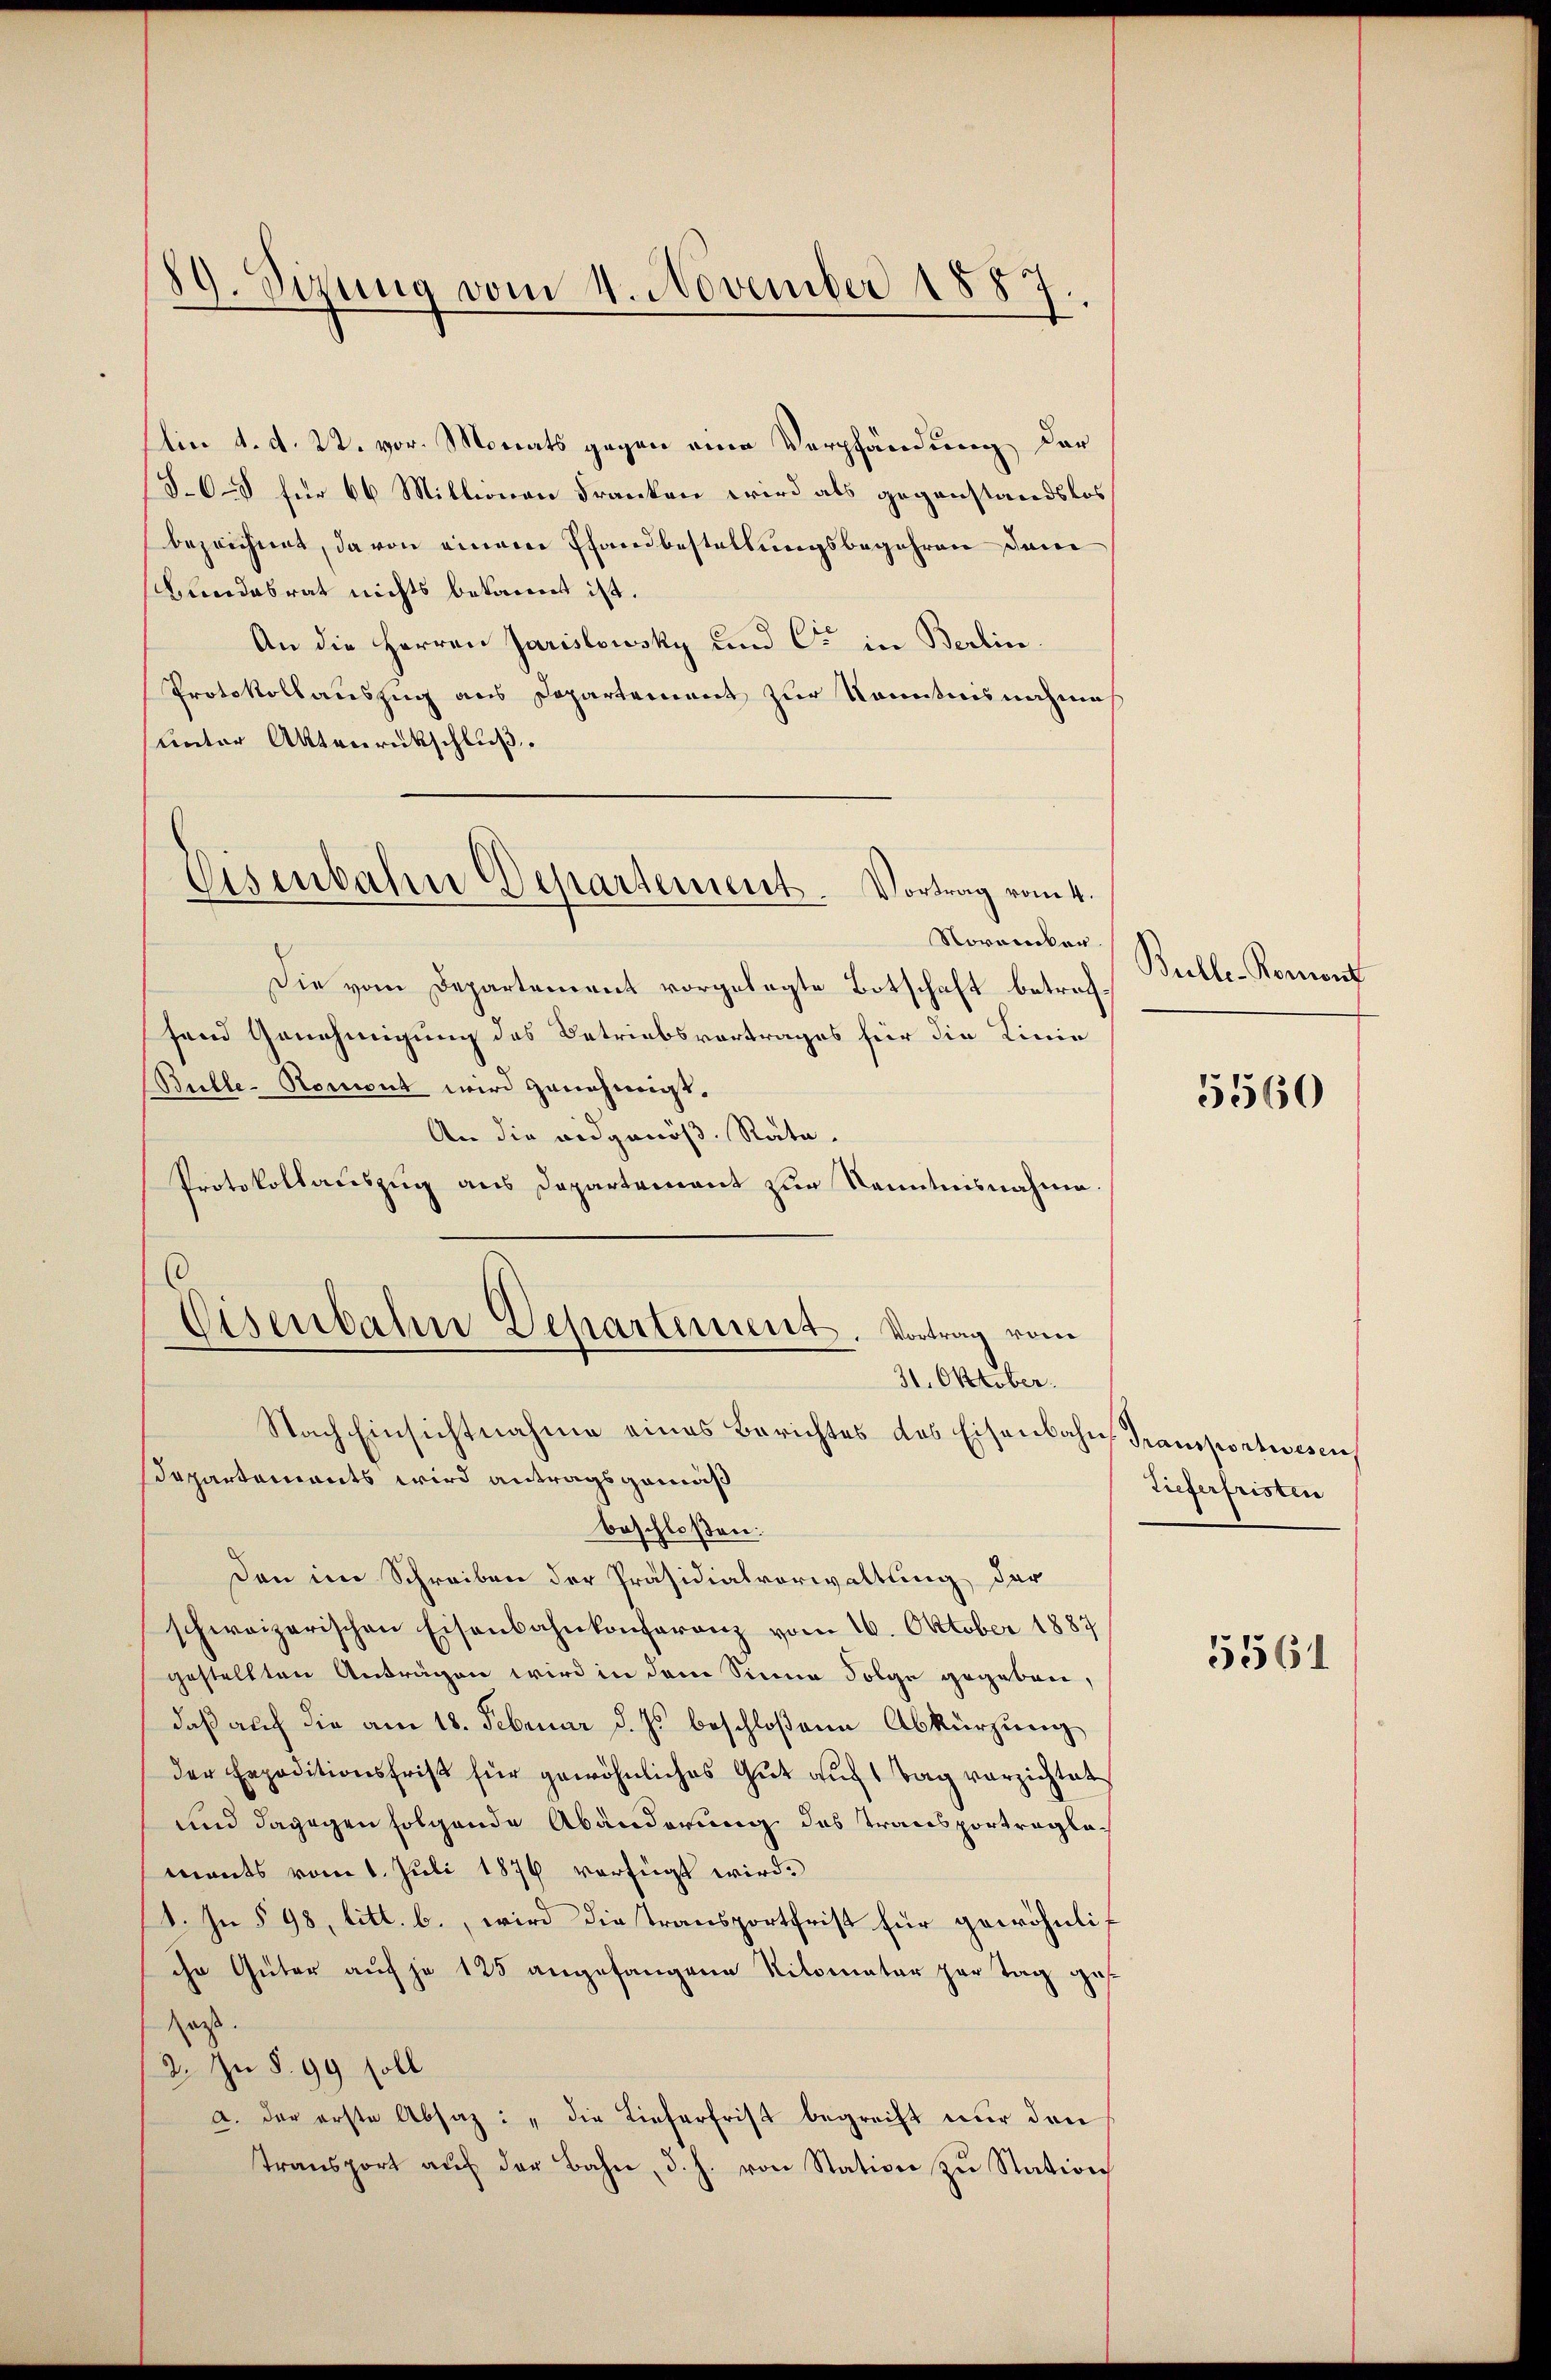
89. Sizung vom 4. November 188
.

Ain d. d. 22. vor. Monats gegen eine Verpfändung der
36–8 für 66 Millionen Franken wird als gegenstandslos
bezeichnet, da von einem Pfandbestellungsbegehren dem
bundesrat nichts bekannt ist.
An die Herren Jaristowsky und Cr in Berlin.
Protokollauszug aus Departement zur Kenntnisnahmes
unter Aktenrückschluß.
Norancken.
Die vom Departement vorgelegte Botschaft betreffend Genehmigung des Betriebsvertrages für die Linie
Bulle-Romont wird genehmigt.
An die eidgenöß-Rate.
Protokollauszug aus Departement zur Kenntnisnahme.
Eisenbahn Departement. Vortrag vom
31. Oktober.
Nach Einsichtnahme eines Berichtes des Eisenbahn, Transportwesen
Dapartements wird antragsgemäß
beschloßen:
Den im Schreiben der Präsidialvorwaltung der
schweizerischen Eisenbahnkonferenz vom 16. Oktober 1887
gestellten Anträgen wird in dem Sinne Folge gegeben,
daß auch die am 18. Februar d. Js. beschloßene Abkürzung
der Expeditionsfrist für gewöhnliches Gut auf 1 Tag verzichtet
und dagegen folgende Abänderung des Transportraglamants vom 1. Juli 1876 verfügt wird.
1. In § 98, litt. b., wird die Transportfrist für gewöhnlich
ihr Güter auf je 125 angefangene Nitomater par Tag ges
sass.
2. Zu §. 99 soll
a. der erste Absaz: „die Lieferfrist begreift nur den
transport aŭf der Bahn, d. h. von Station zu Station

Eisenbahn Departement. Vortrag vom 4.

Bulle-Kernent

5560

Tieferfristen

55561